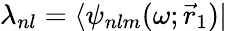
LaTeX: {\lambda_{nl}=\langle\psi_{nlm}(\omega;\vec{r}_{1})|}